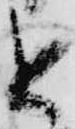
と